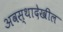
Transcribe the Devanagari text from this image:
अवस्थादेखील